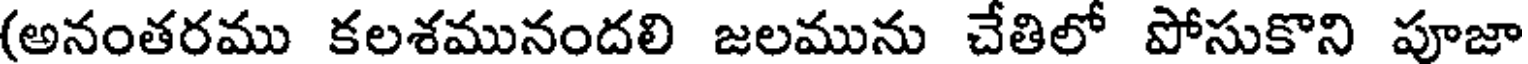
(అనంతరము కలశమునందలి జలమును చేతిలో పోసుకొని పూజా